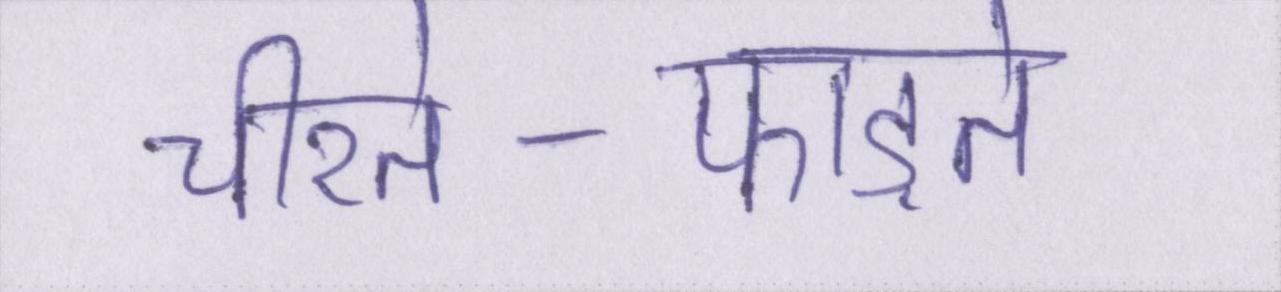
चीरते-फाड़ते